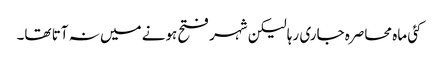
کئی ماہ محاصرہ جاری رہا لیکن شہر فتح ہونے میں نہ آتا تھا۔